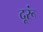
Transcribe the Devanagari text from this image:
दूरूं